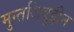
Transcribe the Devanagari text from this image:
मुन्तजिबुद्दीन